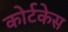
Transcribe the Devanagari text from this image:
कोर्टकेस